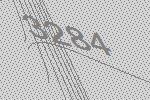
3284